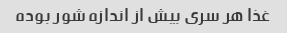
غذا هر سری بیش از اندازه شور بوده